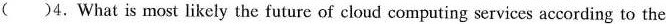
( )4.What is most likely the futurc of cloud computing services according to the